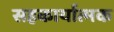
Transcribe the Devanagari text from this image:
सहकार्यात्मक